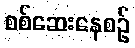
စစ်ဆေးနေစဉ်